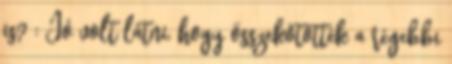
is? : Jó volt látni, hogy összekötötték a régebbi